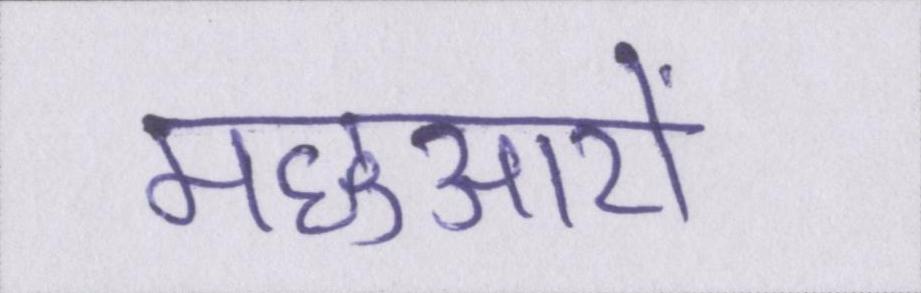
मछुआरों